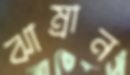
ঝাম্‌রান